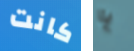
كانت يا